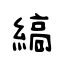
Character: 縞